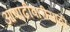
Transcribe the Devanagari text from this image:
आषाढीवारीसाठी